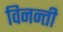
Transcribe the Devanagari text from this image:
विनन्ती